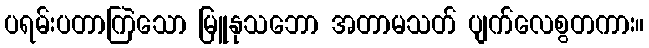
ပရမ်းပတာကြဲသော မြူနုသဘော အတာမသတ် ပျက်လေစွတကား။